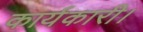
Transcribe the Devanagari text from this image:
कार्यकारी।